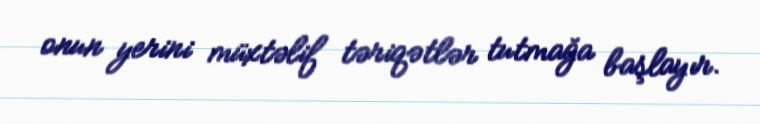
onun yerini müxtəlif təriqətlər tutmağa başlayır.